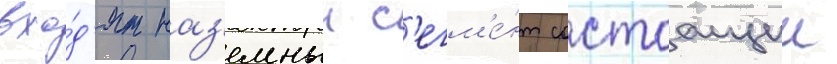
вхо́д'ят наз'емныи с'егм'е́нт состоащии